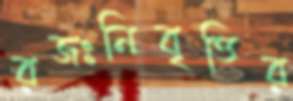
রজঃনিবৃত্তির